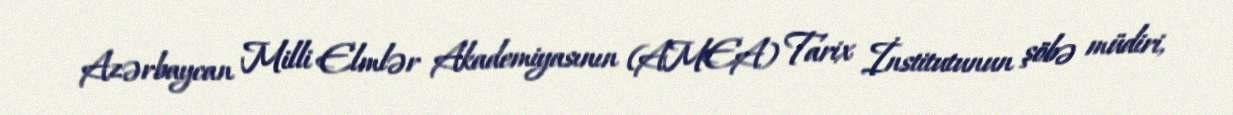
Azərbaycan Milli Elmlər Akademiyasının (AMEA) Tarix İnstitutunun şöbə müdiri,